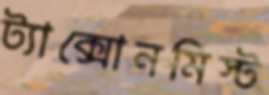
ট্যাক্সোনমিস্ট